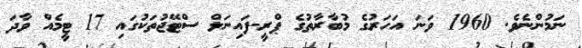
ނަމުންނެވެ. 1960 ވަނަ އަހަރުގެ މުބާރާތުގެ ޕްރީ-ފައިނަލް ސްޓޭޖުތަކުގައި 17 ޓީމެއް ވާދަ